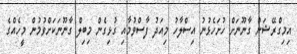
އިމިގްރޭޝަން ގާނޫނަށް ހުށަހެޅުނު އިސްލާހު މިއަދު ފާސްވުމާއި ގުޅިގެން މިބިލް ގާނޫނަކަށްވުމުން މީހެއްގެ